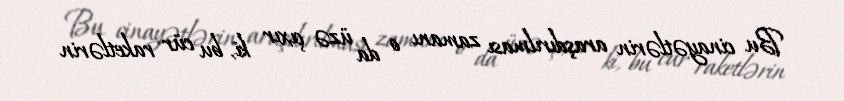
Bu cinayətlərin araşdırılması zamanı o da üzə çıxır ki, bu cür raketlərin